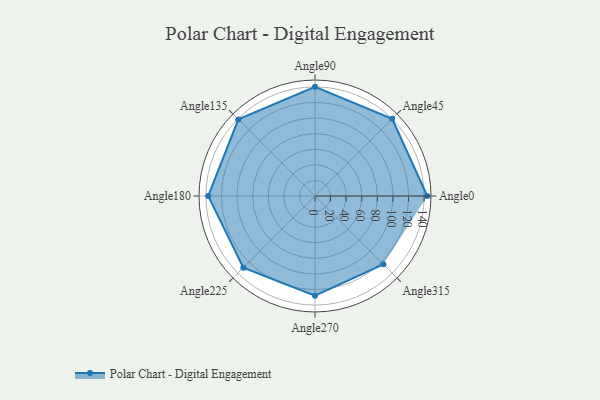
{"axis": {"x": "Angle", "y": "Radius"}, "legend": [""], "data": [{"x": "Angle0", "y": 144.0, "type": ""}, {"x": "Angle45", "y": 140.0, "type": ""}, {"x": "Angle90", "y": 140.0, "type": ""}, {"x": "Angle135", "y": 139.0, "type": ""}, {"x": "Angle180", "y": 137.0, "type": ""}, {"x": "Angle225", "y": 130.0, "type": ""}, {"x": "Angle270", "y": 128.0, "type": ""}, {"x": "Angle315", "y": 124.0, "type": ""}]}